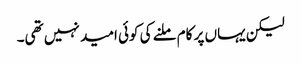
لیکن یہاں پر کام ملنے کی کوئی امید نہیں تھی۔